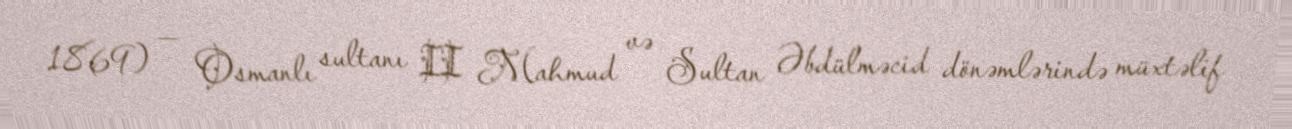
1869) — Osmanlı sultanı II Mahmud və Sultan Əbdülməcid dönəmlərində müxtəlif